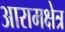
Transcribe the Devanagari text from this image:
आरामक्षेत्र